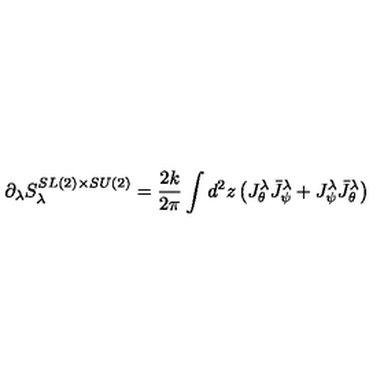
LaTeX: \partial _ { \lambda } S _ { \lambda } ^ { S L ( 2 ) \times S U ( 2 ) } = \frac { 2 k } { 2 \pi } \int d ^ { 2 } z \left( J _ { \theta } ^ { \lambda } \bar { J } _ { \psi } ^ { \lambda } + J _ { \psi } ^ { \lambda } \bar { J } _ { \theta } ^ { \lambda } \right)